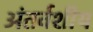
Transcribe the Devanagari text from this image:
अंतर्वशीय